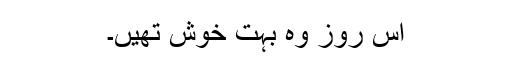
اس روز وہ بہت خوش تھیں۔